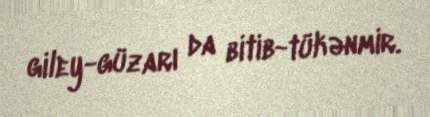
giley-güzarı da bitib-tükənmir.